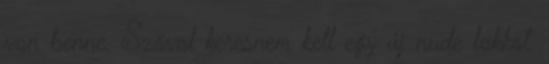
van benne. Szóval keresnem kell egy új nude lakkot.